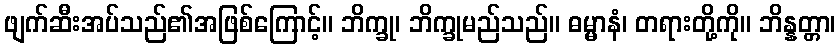
ဖျက်ဆီးအပ်သည်၏အဖြစ်ကြောင့်။ ဘိက္ခု၊ ဘိက္ခုမည်သည်။ ဓမ္မာနံ၊ တရားတို့ကို။ ဘိန္နတ္တာ၊